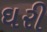
ઘરી